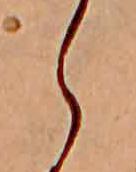
ら